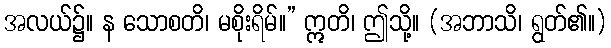
အလယ်၌။ န သောစတိ၊ မစိုးရိမ်။” ဣတိ၊ ဤသို့။ (အဘာသိ၊ ရွတ်၏။)